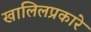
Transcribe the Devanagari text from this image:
खालिलप्रकारे